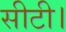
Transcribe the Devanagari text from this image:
सीटी।